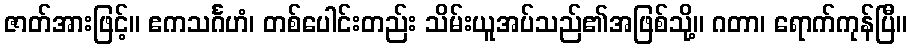
ဇာတ်အားဖြင့်။ ဧကသင်္ဂဟံ၊ တစ်ပေါင်းတည်း သိမ်းယူအပ်သည်၏အဖြစ်သို့။ ဂတာ၊ ရောက်ကုန်ပြီ။